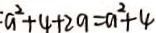
: a ^ { 2 } + 4 + 2 9 = a ^ { 2 } + 4